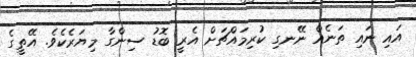
އައި ނައި ތަނެއް ނޭނގި ކުރިމައްޗަށް އެރީ ބޮޑު ސިންގާ މިޔަރެކެވެ. އޭތީގެ